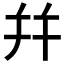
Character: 幷